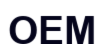
ОЕМ